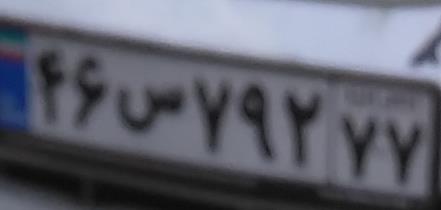
۴۶س۷۹۲۷۷